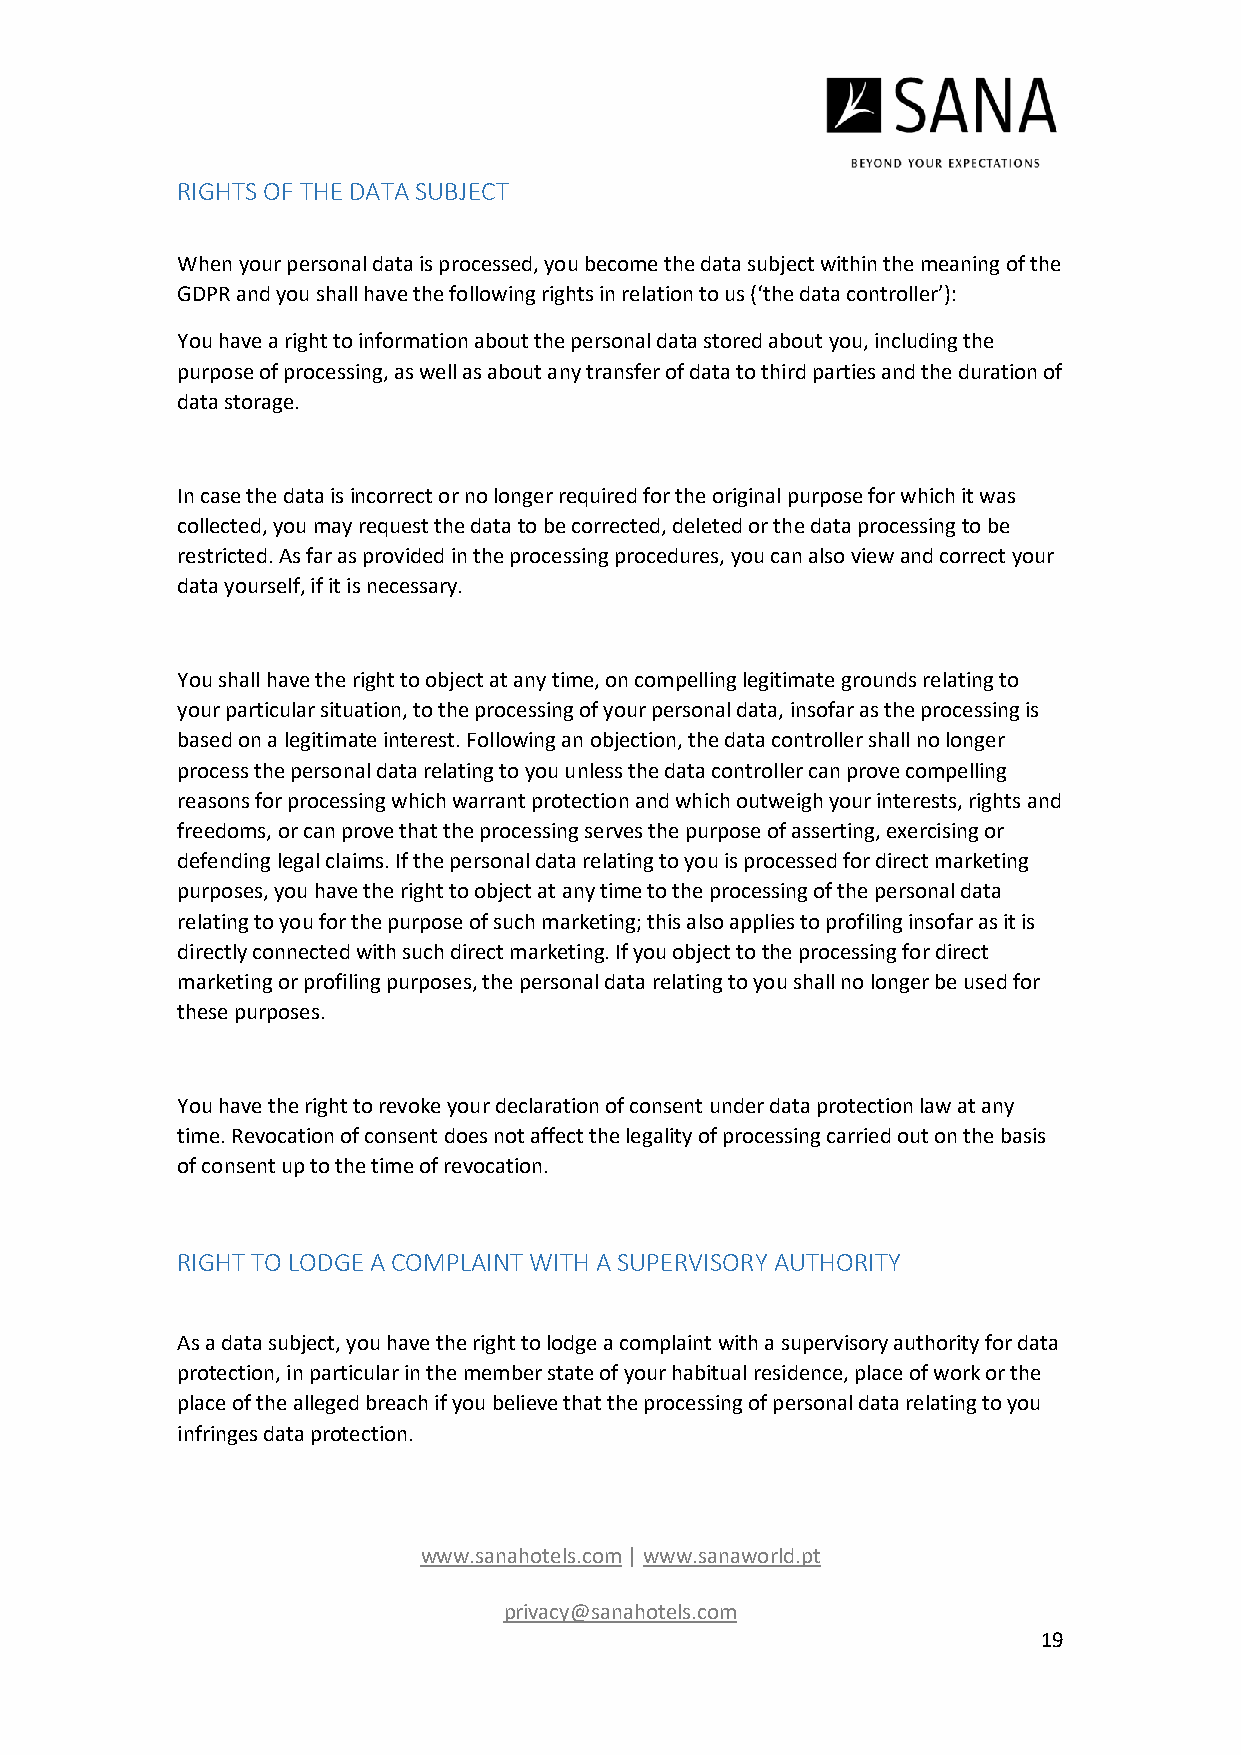
RIGHTS OF THE DATA SUBJECT
 When your personal data is processed, you become the data subject within the meaning of the
 GDPR and you shall have the following rights in relation to us (‘the data controller’):
 You have a right to information about the personal data stored about you, including the
 purpose of processing, as well as about any transfer of data to third parties and the duration of
 data storage.
 In case the data is incorrect or no longer required for the original purpose for which it was
 collected, you may request the data to be corrected, deleted or the data processing to be
 restricted. As far as provided in the processing procedures, you can also view and correct your
 data yourself, if it is necessary.
 You shall have the right to object at any time, on compelling legitimate grounds relating to
 your particular situation, to the processing of your personal data, insofar as the processing is
 based on a legitimate interest. Following an objection, the data controller shall no longer
 process the personal data relating to you unless the data controller can prove compelling
 reasons for processing which warrant protection and which outweigh your interests, rights and
 freedoms, or can prove that the processing serves the purpose of asserting, exercising or
 defending legal claims. If the personal data relating to you is processed for direct marketing
 purposes, you have the right to object at any time to the processing of the personal data
 relating to you for the purpose of such marketing; this also applies to profiling insofar as it is
 directly connected with such direct marketing. If you object to the processing for direct
 marketing or profiling purposes, the personal data relating to you shall no longer be used for
 these purposes.
 You have the right to revoke your declaration of consent under data protection law at any
 time. Revocation of consent does not affect the legality of processing carried out on the basis
 of consent up to the time of revocation.
 RIGHT TO LODGE A COMPLAINT WITH A SUPERVISORY AUTHORITY
 As a data subject, you have the right to lodge a complaint with a supervisory authority for data
 protection, in particular in the member state of your habitual residence, place of work or the
 place of the alleged breach if you believe that the processing of personal data relating to you
 infringes data protection.
 www.sanahotels.com | www.sanaworld.pt
 privacy@sanahotels.com
 19